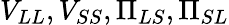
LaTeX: V_{LL},V_{SS},\Pi_{LS},\Pi_{SL}